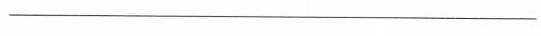
___